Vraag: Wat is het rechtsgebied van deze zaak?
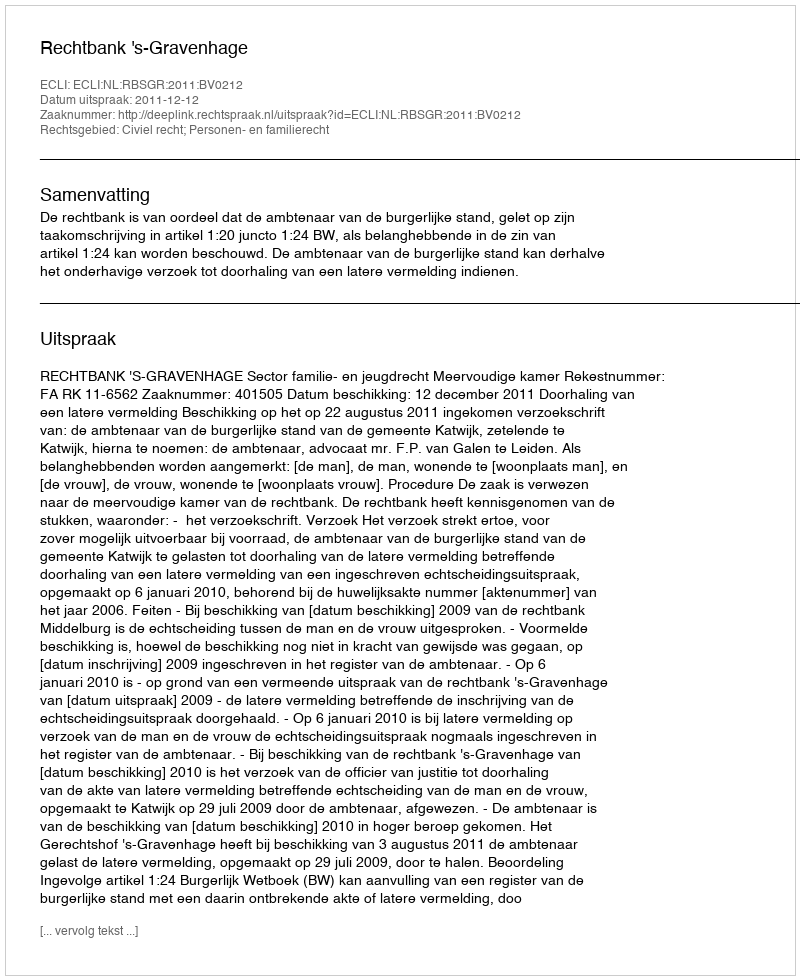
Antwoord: Civiel recht; Personen- en familierecht